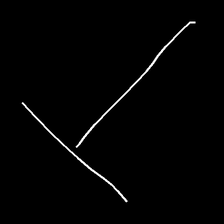
Glyph: column